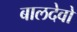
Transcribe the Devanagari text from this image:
बालदेवो